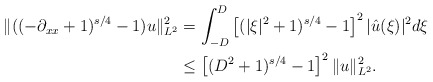
\begin{align*}\|((-\partial_{xx} + 1)^{s/4} - 1)u\|^{2}_{L^2} &= \int^{D}_{-D}\left[(|\xi|^2 + 1)^{s/4} -1\right]^2 |\hat{u}(\xi)|^2 d\xi\\&\leq \left[(D^2 + 1)^{s/4} -1\right]^{2}\|u\|^{2}_{L^2}.\end{align*}